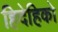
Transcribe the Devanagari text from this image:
हिदेहिको